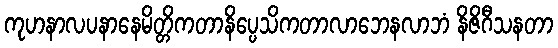
ကုဟနာလပနာနေမိတ္တိကတာနိပ္ပေသိကတာလာဘေနလာဘံ နိဇိဂီသနတာ